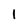
Character: l